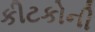
કીટકોની